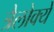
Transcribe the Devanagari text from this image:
त्रैलोक्ये